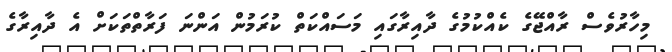
މިހާރުވެސް ރާއްޖޭގެ ކެއްކުމުގެ ދާއިރާގައި މަސައްކަތް ކުރަމުން އަންނަ ފަރާތްތަކަށް އެ ދާއިރާގެ